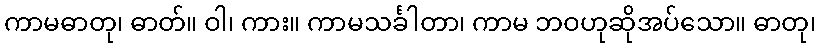
ကာမဓာတု၊ ဓာတ်။ ဝါ၊ ကား။ ကာမသင်္ခါတာ၊ ကာမ ဘဝဟုဆိုအပ်သော။ ဓာတု၊